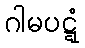
ဂါမပဋ္ဋံ